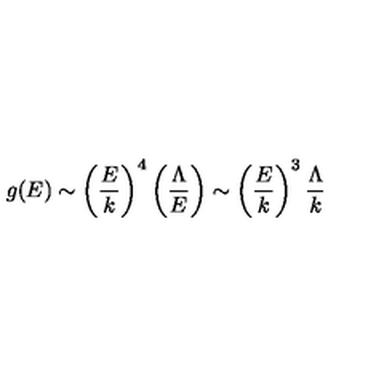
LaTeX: g ( E ) \sim \left( { \frac { E } { k } } \right) ^ { 4 } \left( { \frac { \Lambda } { E } } \right) \sim \left( { \frac { E } { k } } \right) ^ { 3 } { \frac { \Lambda } { k } }